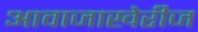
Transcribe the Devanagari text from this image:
आवाजाखेरीज